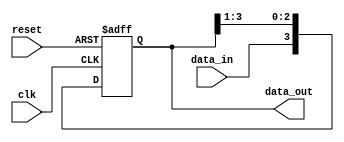
module SIPO_shift_register(
    input wire clk,
    input wire reset,
    input wire data_in,
    output reg [N-1:0] data_out
);

parameter N = 4; // Define the number of flip-flops in the shift register

reg [N-1:0] shift_register;

always @ (posedge clk or posedge reset) begin
    if (reset) begin
        shift_register <= 0;
    end else begin
        shift_register <= {data_in, shift_register[N-1:1]};
    end
end

assign data_out = shift_register;

endmodule